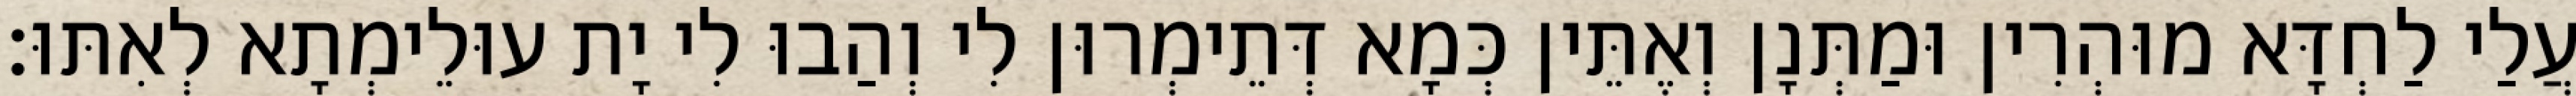
עֲלַי לַחְדָּא מוּהְרִין וּמַתְּנָן וְאֶתֵּין כְּמָא דְּתֵימְרוּן לִי וְהַבוּ לִי יָת עוּלֵימְתָא לְאִתּוּ׃